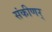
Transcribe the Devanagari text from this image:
संकीणर्